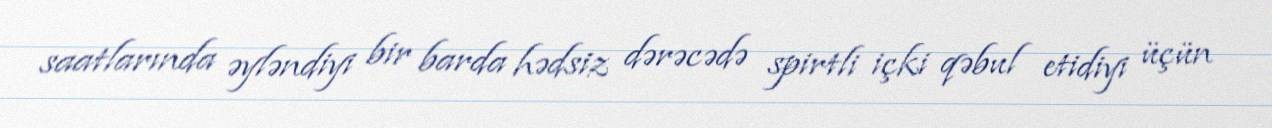
saatlarında əyləndiyi bir barda hədsiz dərəcədə spirtli içki qəbul etidiyi üçün